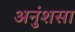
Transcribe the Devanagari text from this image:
अनुंशसा